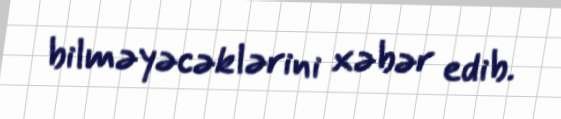
bilməyəcəklərini xəbər edib.